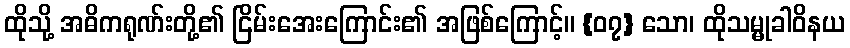
ထိုသို့ အဓိကရုဏ်းတို့၏ ငြိမ်းအေးကြောင်း၏ အဖြစ်ကြောင့်။ {၀၇} သော၊ ထိုသမ္မုခါဝိနယ